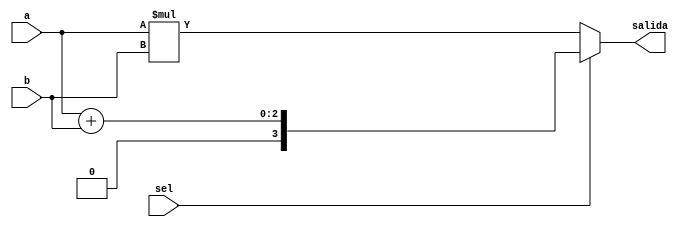
module mux2a1(a,b,sel, salida);
	input [1:0] a;
	input [1:0] b;
	input sel;
	output reg[3:0] salida;
	
	always @(a,b,sel)
		begin
			if(sel)
						salida = a+b;
			else
						salida = a*b;
		end
endmodule